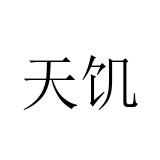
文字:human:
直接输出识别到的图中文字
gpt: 天饥